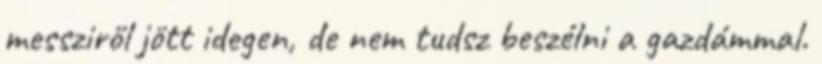
messziről jött idegen, de nem tudsz beszélni a gazdámmal.